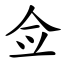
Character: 佥